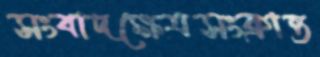
সংবাদক্ষেত্রসংক্রান্ত